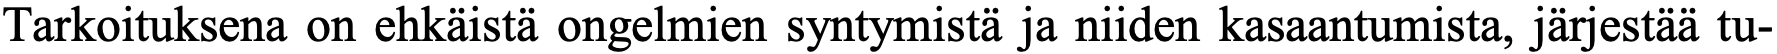
Tarkoituksena on ehkäistä ongelmien syntymistä ja niiden kasaantumista, järjestää tu-